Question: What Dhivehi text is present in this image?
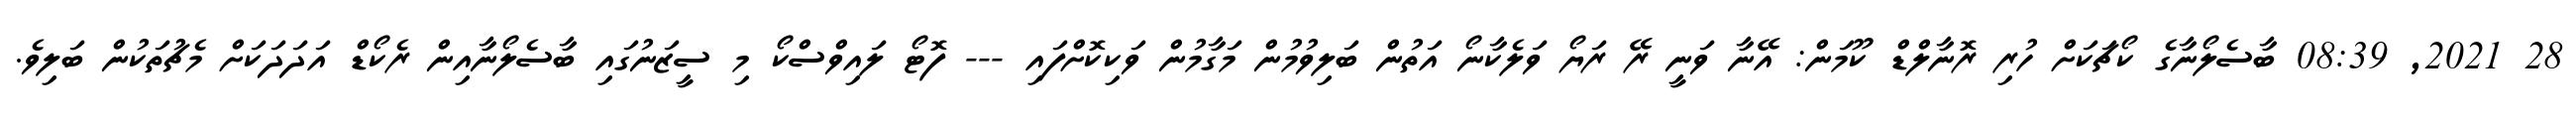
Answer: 28 2021, 08:39 ބާސެލޯނާގެ ކޯޗަކަށް ހުރި ރޮނާލްޑް ކޫމަން: އޭނާ ވަނީ ރޭ ރަޔޯ ވަލެކާނޯ އަތުން ބަލިވުމުން މަގާމުން ވަކިކޮށްފައި --- ފޮޓޯ ލައިވްސްކޯ މި ސީޒަނުގައި ބާސެލޯނާއިން ރެކޯޑް އަދަދަކަށް މެޗުތަކުން ބަލިވެ.